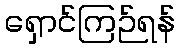
ရှောင်ကြဉ်ရန်